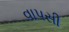
વાપસી